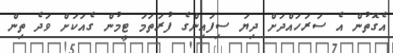
އެގޮތުން އެ ސަރަހައްދަށް ދިޔަ ސިފައިންގެ ފުރަތަމަ ޓީމުން ގެއަކަށް ވަދެ ތިން